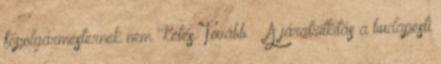
főpolgármesternek nem "kétes. Tovább › ›A járatritkítás a budapesti